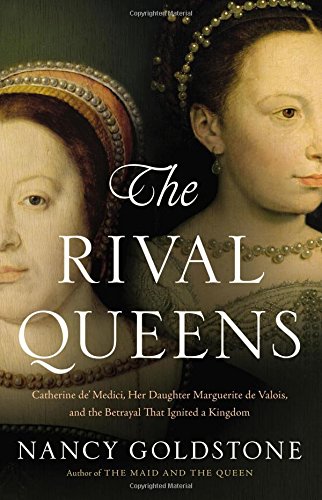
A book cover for The Rival Queens: Catherine de' Medici, Her Daughter Marguerite de Valois, and the Betrayal that Ignited a Kingdom; Nancy Goldstone; Biographies & Memoirs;